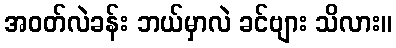
အဝတ်လဲခန်း ဘယ်မှာလဲ ခင်ဗျား သိလား။